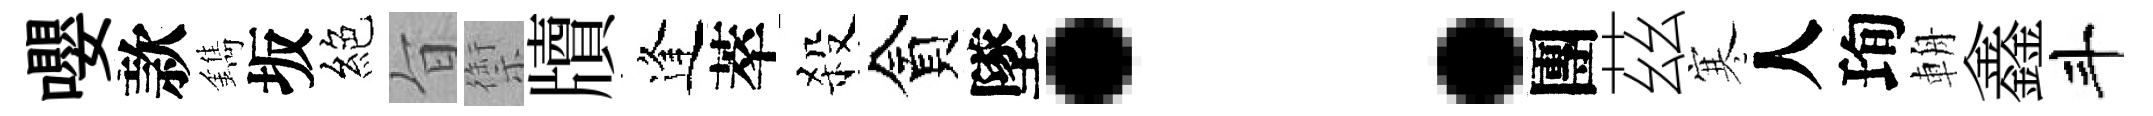
嚶款鐫坂絕旨禦牘逢萃殺貪墜：團茲寒人珣輈鑫斗